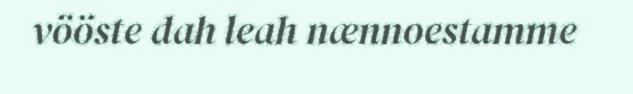
vööste dah leah nænnoestamme